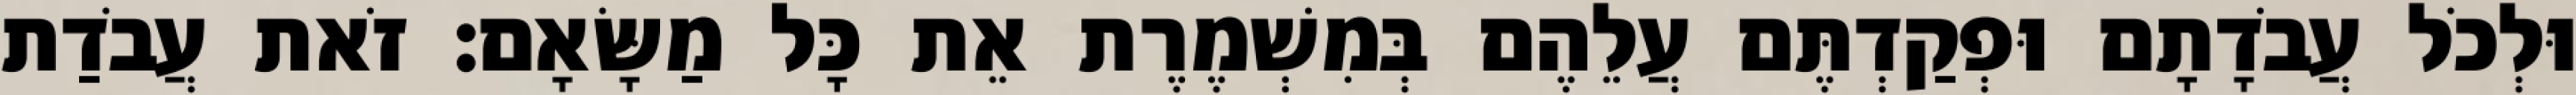
וּלְכֹל עֲבֹדָתָם וּפְקַדְתֶּם עֲלֵהֶם בְּמִשְׁמֶרֶת אֵת כָּל מַשָּׂאָם׃ זֹאת עֲבֹדַת